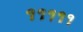
૧૧૧૧૧